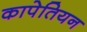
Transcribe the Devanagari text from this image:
कापेतियन